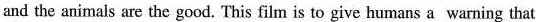
and the animals are the good, This film is to give humans a warning that